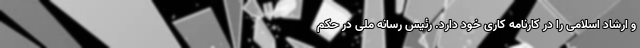
و ارشاد اسلامی را در کارنامه کاری خود دارد. رئیس رسانه ملی در حکم